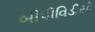
બીપીવિડીયો